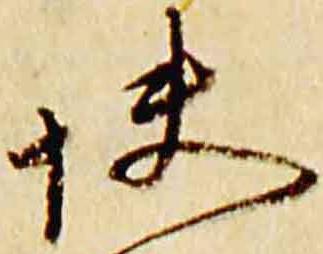
快